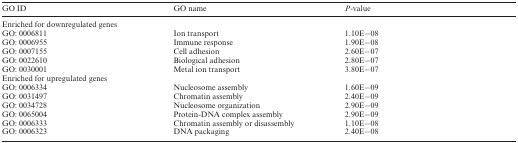
<table><thead><tr><td><b>GO ID</b></td><td><b>GO name</b></td><td><b><i>P</i>-value</b></td></tr></thead><tbody><tr><td colspan="3">Enriched for downregulated genes</td></tr><tr><td>GO: 0006811</td><td>Ion transport</td><td>1.10E−08</td></tr><tr><td>GO: 0006955</td><td>Immune response</td><td>1.90E−08</td></tr><tr><td>GO: 0007155</td><td>Cell adhesion</td><td>2.60E−07</td></tr><tr><td>GO: 0022610</td><td>Biological adhesion</td><td>2.80E−07</td></tr><tr><td>GO: 0030001</td><td>Metal ion transport</td><td>3.80E−07</td></tr><tr><td colspan="3">Enriched for upregulated genes</td></tr><tr><td>GO: 0006334</td><td>Nucleosome assembly</td><td>1.60E−09</td></tr><tr><td>GO: 0031497</td><td>Chromatin assembly</td><td>2.40E−09</td></tr><tr><td>GO: 0034728</td><td>Nucleosome organization</td><td>2.90E−09</td></tr><tr><td>GO: 0065004</td><td>Protein-DNA complex assembly</td><td>2.90E−09</td></tr><tr><td>GO: 0006333</td><td>Chromatin assembly or disassembly</td><td>1.10E−08</td></tr><tr><td>GO: 0006323</td><td>DNA packaging</td><td>2.40E−08</td></tr></tbody></table>